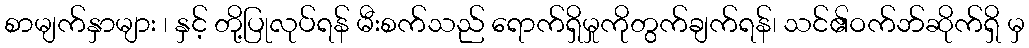
စာမျက်နှာများ ၊ နှင့် တို့ပြုလုပ်ရန် မီးစက်သည် ရောက်ရှိမှုကိုတွက်ချက်ရန်၊ သင်၏ဝက်ဘ်ဆိုက်ရှိ မှ